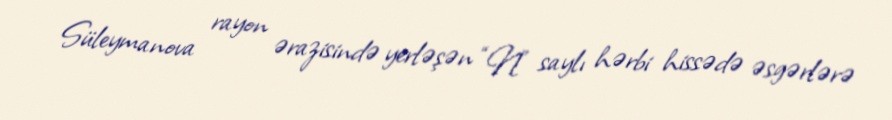
Süleymanova rayon ərazisində yerləşən “N” saylı hərbi hissədə əsgərlərə